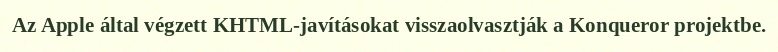
Az Apple által végzett KHTML-javításokat visszaolvasztják a Konqueror projektbe.